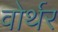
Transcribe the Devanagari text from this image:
वोर्थर